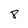
Character: 8